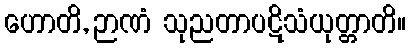
ဟောတိ, ဉာဏံ သုညတာပဋိသံယုတ္တာတိ။